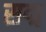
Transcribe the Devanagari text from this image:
सद्म